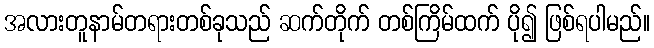
အလားတူနာမ်တရားတစ်ခုသည် ဆက်တိုက် တစ်ကြိမ်ထက် ပို၍ ဖြစ်ရပါမည်။